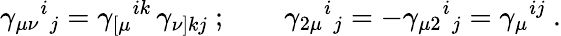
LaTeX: \gamma_{\mu\nu}{}^{i}{}_{j}=\gamma_{[\mu}{}^{ik}\, \gamma_{\nu]kj}\ ;\qquad\gamma_{2\mu}{}^{i}{}_{j}=-\gamma_{\mu 2}{}^{i}{}_{j}=\gamma_{\mu}{}^{ij}\ .